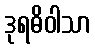
ဒုရဓိဝါသာ